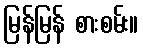
မြန်မြန် စားစမ်း။